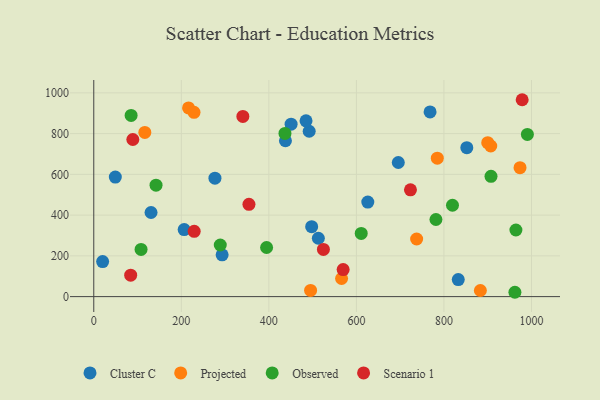
{"axis": {"x": "Ad Spend", "y": "Yield"}, "legend": ["Cluster C", "Observed", "Projected", "Scenario 1"], "data": [{"x": "695.7", "y": 658.3, "type": "Cluster C"}, {"x": "492.1", "y": 811.6, "type": "Cluster C"}, {"x": "437.9", "y": 765.0, "type": "Cluster C"}, {"x": "130.8", "y": 412.8, "type": "Cluster C"}, {"x": "20.2", "y": 172.0, "type": "Cluster C"}, {"x": "293.2", "y": 205.3, "type": "Cluster C"}, {"x": "206.5", "y": 328.8, "type": "Cluster C"}, {"x": "450.8", "y": 846.2, "type": "Cluster C"}, {"x": "626.0", "y": 463.8, "type": "Cluster C"}, {"x": "484.9", "y": 862.5, "type": "Cluster C"}, {"x": "276.8", "y": 581.4, "type": "Cluster C"}, {"x": "49.2", "y": 586.9, "type": "Cluster C"}, {"x": "513.0", "y": 286.5, "type": "Cluster C"}, {"x": "497.8", "y": 343.2, "type": "Cluster C"}, {"x": "852.2", "y": 731.2, "type": "Cluster C"}, {"x": "768.3", "y": 906.2, "type": "Cluster C"}, {"x": "832.7", "y": 83.7, "type": "Cluster C"}, {"x": "737.6", "y": 282.7, "type": "Projected"}, {"x": "495.3", "y": 30.6, "type": "Projected"}, {"x": "566.1", "y": 88.8, "type": "Projected"}, {"x": "216.5", "y": 926.2, "type": "Projected"}, {"x": "883.2", "y": 29.9, "type": "Projected"}, {"x": "973.8", "y": 632.9, "type": "Projected"}, {"x": "116.6", "y": 805.6, "type": "Projected"}, {"x": "784.8", "y": 679.6, "type": "Projected"}, {"x": "229.0", "y": 904.5, "type": "Projected"}, {"x": "906.9", "y": 739.3, "type": "Projected"}, {"x": "900.0", "y": 755.5, "type": "Projected"}, {"x": "907.5", "y": 590.6, "type": "Observed"}, {"x": "819.5", "y": 448.3, "type": "Observed"}, {"x": "436.8", "y": 801.0, "type": "Observed"}, {"x": "394.8", "y": 241.1, "type": "Observed"}, {"x": "964.4", "y": 326.9, "type": "Observed"}, {"x": "289.0", "y": 253.3, "type": "Observed"}, {"x": "781.7", "y": 378.5, "type": "Observed"}, {"x": "142.2", "y": 546.8, "type": "Observed"}, {"x": "108.0", "y": 231.4, "type": "Observed"}, {"x": "962.1", "y": 21.3, "type": "Observed"}, {"x": "611.0", "y": 310.3, "type": "Observed"}, {"x": "85.3", "y": 889.4, "type": "Observed"}, {"x": "990.6", "y": 796.1, "type": "Observed"}, {"x": "354.5", "y": 453.1, "type": "Scenario 1"}, {"x": "978.7", "y": 966.3, "type": "Scenario 1"}, {"x": "89.2", "y": 771.0, "type": "Scenario 1"}, {"x": "569.7", "y": 132.7, "type": "Scenario 1"}, {"x": "340.6", "y": 884.2, "type": "Scenario 1"}, {"x": "723.5", "y": 524.0, "type": "Scenario 1"}, {"x": "84.3", "y": 105.3, "type": "Scenario 1"}, {"x": "524.6", "y": 231.6, "type": "Scenario 1"}, {"x": "229.4", "y": 320.3, "type": "Scenario 1"}]}